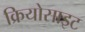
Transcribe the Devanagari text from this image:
क्रियोसाइट